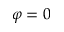
\varphi = 0